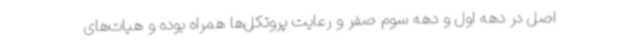
اصل در دهه اول و دهه سوم صفر و رعایت پروتکل‌ها همراه بوده و هیات‌های